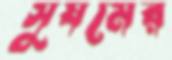
সুষমের